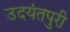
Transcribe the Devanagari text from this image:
उदयंतपुरी